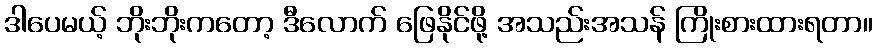
ဒါပေမယ့် ဘိုးဘိုးကတော့ ဒီလောက် ဖြေနိုင်ဖို့ အသည်းအသန် ကြိုးစားထားရတာ။